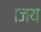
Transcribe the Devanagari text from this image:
।जय